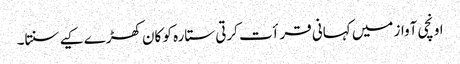
اونچی آواز میں کہانی قرأت کرتی ستارہ کو کان کھڑے کیے سنتا۔